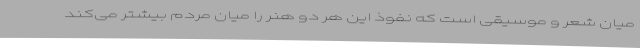
میان شعر و موسیقی است که نفوذ این هر دو هنر را میان مردم بیشتر می‌کند